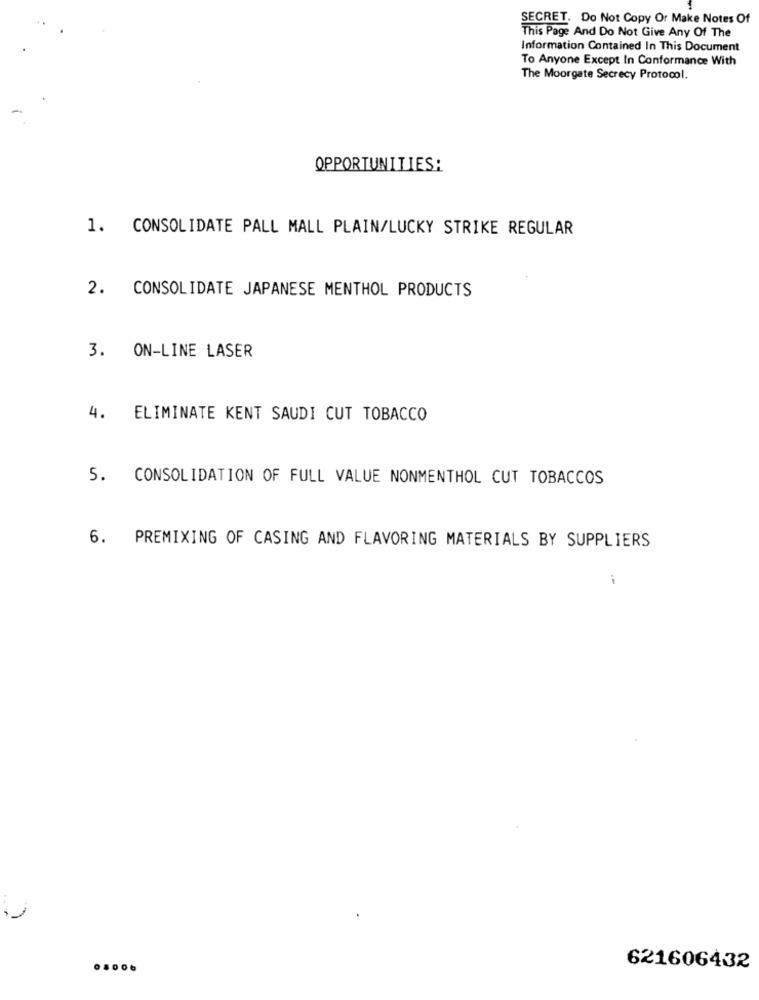
SECRET. Do Not Copy Or Make Notes Of
This Page And Do Not Give Any Of The
Information Contained In This Document
To Anyone Except In Conformance With
The Moorgate Secrecy Protocol.
OPPORTUNITIES:
1. CONSOLIDATE PALL MALL PLAIN/LUCKY STRIKE REGULAR
2. CONSOLIDATE JAPANESE MENTHOL PRODUCTS
3. ON-LINE LASER
4.
ELIMINATE KENT SAUDI CUT TOBACCO
5. CONSOLIDATION OF FULL VALUE NONMENTHOL CUT TOBACCOS
6. PREMIXING OF CASING AND FLAVORING MATERIALS BY SUPPLIERS
0,006
621606432